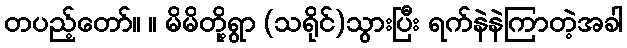
တပည့်တော်။ ။ မိမိတို့ရွာ (သရိုင်)သွားပြီး ရက်နဲနဲကြာတဲ့အခါ